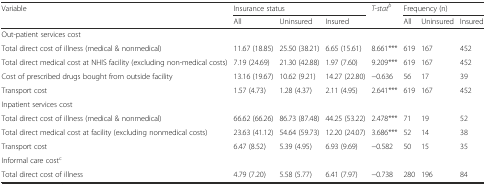
| <ROWSPAN=2> Variable | <COLSPAN=3> Insurance status | <ROWSPAN=2> T-statb | <COLSPAN=3> Frequency (n) |
 | All | Uninsured | Insured | All | Uninsured | Insured |
 | --- | --- | --- | --- | --- | --- | --- | --- |
 | <COLSPAN=8> Out-patient services cost |
 | Total direct cost of illness (medical & nonmedical) | 11.67 (18.85) | 25.50 (38.21) | 6.65 (15.61) | 8.661*** | 619 | 167 | 452 |
 | Total direct medical cost at NHIS facility (excluding non-medical costs) | 7.19 (24.69) | 21.30 (42.88) | 1.97 (7.60) | 9.209*** | 619 | 167 | 452 |
 | Cost of prescribed drugs bought from outside facility | 13.16 (19.67) | 10.62 (9.21) | 14.27 (22.80) | −0.636 | 56 | 17 | 39 |
 | Transport cost | 1.57 (4.73) | 1.28 (4.37) | 2.11 (4.95) | 2.641*** | 619 | 167 | 452 |
 | <COLSPAN=8> Inpatient services cost |
 | Total direct cost of illness (medical & nonmedical) | 66.62 (66.26) | 86.73 (87.48) | 44.25 (53.22) | 2.478*** | 71 | 19 | 52 |
 | Total direct medical cost at facility (excluding nonmedical costs) | 23.63 (41.12) | 54.64 (59.73) | 12.20 (24.07) | 3.686*** | 52 | 14 | 38 |
 | Transport cost | 6.47 (8.52) | 5.39 (4.95) | 6.93 (9.69) | −0.582 | 50 | 15 | 35 |
 | <COLSPAN=8> Informal care costc |
 | Total direct cost of illness | 4.79 (7.20) | 5.58 (5.77) | 6.41 (7.97) | −0.738 | 280 | 196 | 84 |